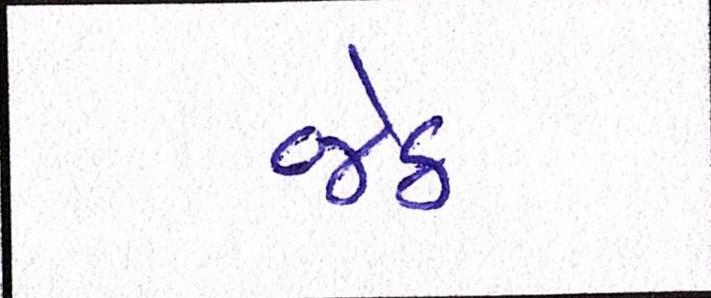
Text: જેઠ